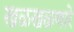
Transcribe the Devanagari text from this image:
खळखळणारे